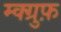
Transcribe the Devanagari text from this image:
म्क्ग्रुफ़